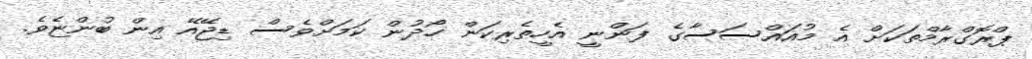
ޕްރޮގްރާމްތަކަށް އެ މުއައްސަސާގެ ފަންނީ އެހީތެރިކަން ހޯދުން ކަމަށްވެސް ޑިޖޭއޭ އިން ބުންޏެވެ.